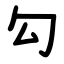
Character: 勾